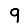
Digit: 9